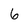
Character: 6